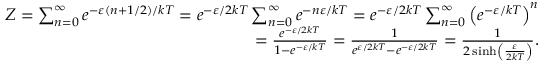
{ \begin{array} { r } { Z = \sum _ { n = 0 } ^ { \infty } e ^ { - \varepsilon \left( n + 1 / 2 \right) / k T } = e ^ { - \varepsilon / 2 k T } \sum _ { n = 0 } ^ { \infty } e ^ { - n \varepsilon / k T } = e ^ { - \varepsilon / 2 k T } \sum _ { n = 0 } ^ { \infty } \left( e ^ { - \varepsilon / k T } \right) ^ { n } } \\ { = { \frac { e ^ { - \varepsilon / 2 k T } } { 1 - e ^ { - \varepsilon / k T } } } = { \frac { 1 } { e ^ { \varepsilon / 2 k T } - e ^ { - \varepsilon / 2 k T } } } = { \frac { 1 } { 2 \sinh \left( { \frac { \varepsilon } { 2 k T } } \right) } } . } \end{array} }